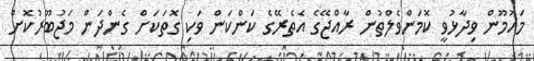
މައުމޫން ވިދާޅުވީ ކޮމަންވެލްތުން ރާއްޖޭގެ އެތެރޭގެ ކަންކަން ވަކި ގޮތަކަށް ގެންދަން މަޖުބޫރުކޮށް